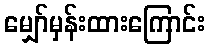
မျှော်မှန်းထားကြောင်း